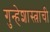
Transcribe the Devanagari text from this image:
गुन्हेशास्त्राची